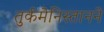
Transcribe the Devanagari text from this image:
तुर्कमेनिस्तानने